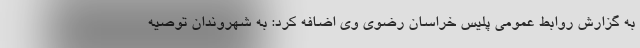
به گزارش روابط عمومی پلیس خراسان رضوی وی اضافه کرد: به شهروندان توصیه